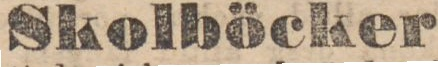
Skolböcker